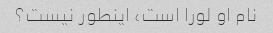
نام او لورا است، اینطور نیست؟